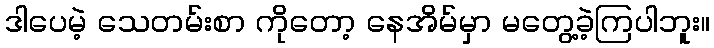
ဒါပေမဲ့ သေတမ်းစာ ကိုတော့ နေအိမ်မှာ မတွေ့ခဲ့ကြပါဘူး။